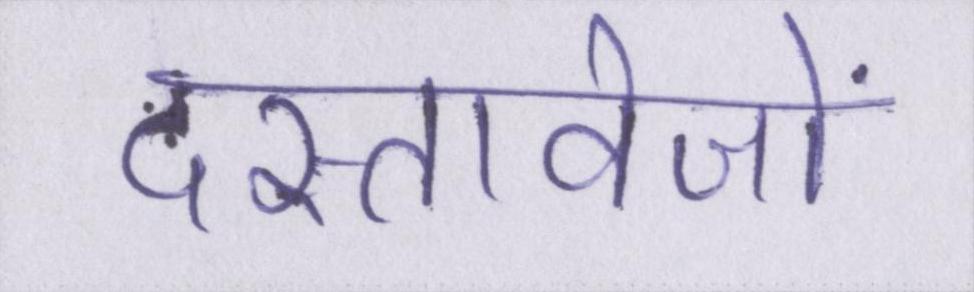
दस्तावेजों